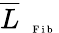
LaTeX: \overline{{L}}_{\mathrm{~\tiny~\textnormal~{~F~i~b~}~}}